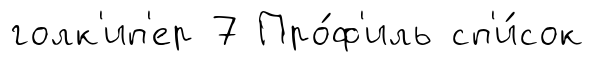
голк'ип'ер 7 Про́ф'иль сп'и́сок